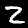
Label: 2